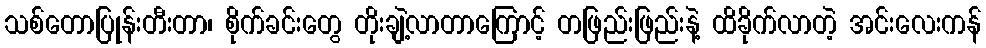
သစ်တောပြုန်းတီးတာ၊ စိုက်ခင်းတွေ တိုးချဲ့လာတာကြောင့် တဖြည်းဖြည်းနဲ့ ထိခိုက်လာတဲ့ အင်းလေးကန်